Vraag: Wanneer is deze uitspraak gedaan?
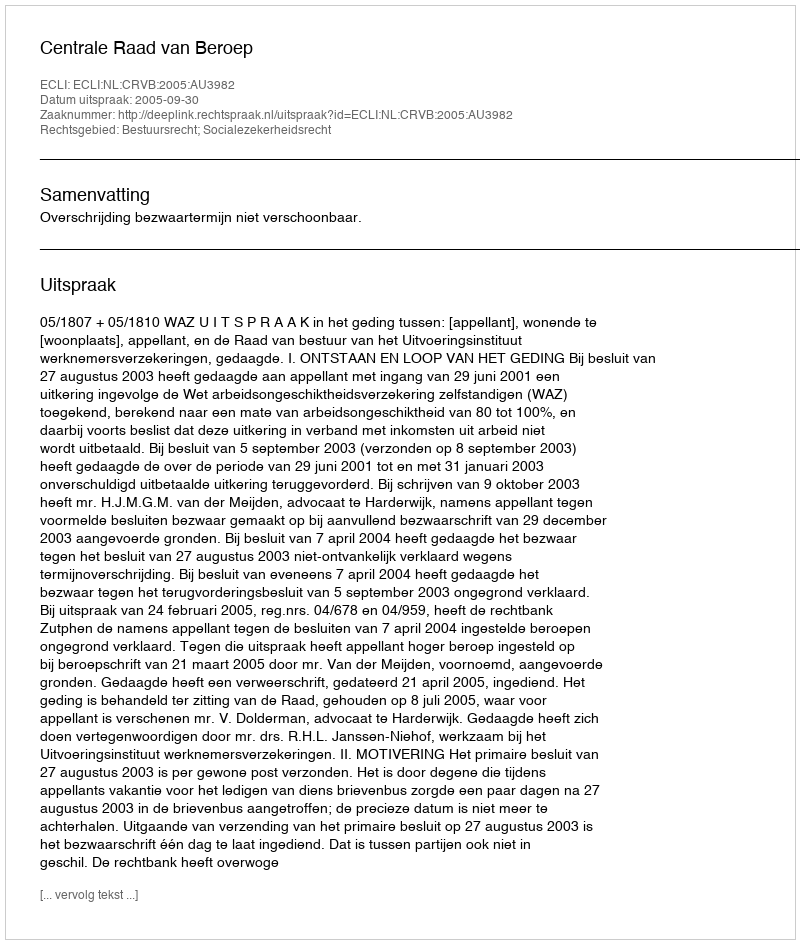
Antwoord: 2005-09-30